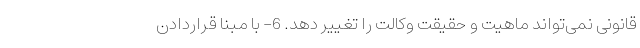
قانونی نمی‌تواند ماهیت و حقیقت وکالت را تغییر دهد. 6- با مبنا قراردادن